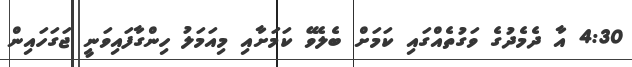
4:30 އާ ދެމެދުގެ ވަގުތެއްގައި ކަމަށް ބެލެވޭ ކަމަށާއި މިއަމަލު ހިންގާފައިވަނީ ޖަގަހައިން